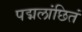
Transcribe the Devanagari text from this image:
पद्मलांछितं